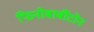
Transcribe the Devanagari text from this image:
फिनोबार्बीटोन